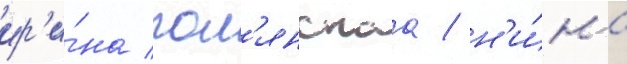
ир'и́на пол'янскаа / н'и́на